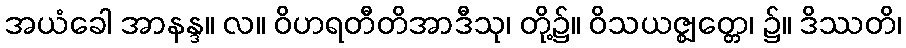
အယံခေါ အာနန္ဒ။ လ။ ဝိဟရတီတိအာဒီသု၊ တို့၌။ ဝိသယဇ္ဈတ္တေ၊ ၌။ ဒိဿတိ၊